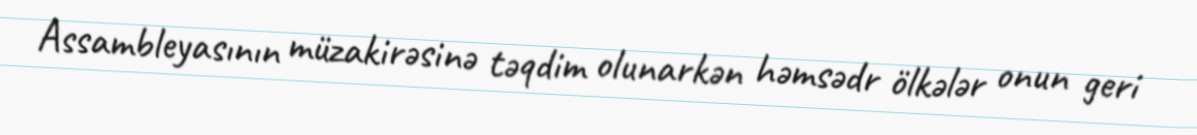
Assambleyasının müzakirəsinə təqdim olunarkən həmsədr ölkələr onun geri